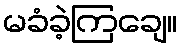
မခံခဲ့ကြချေ။